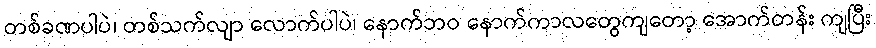
တစ်ခဏပါပဲ၊ တစ်သက်လျာ လောက်ပါပဲ၊ နောက်ဘဝ နောက်ကာလတွေကျတော့ အောက်တန်း ကျပြီး